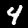
Digit: 4